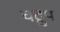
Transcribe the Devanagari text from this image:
चद्रुप